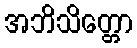
အဘိသိတ္တော